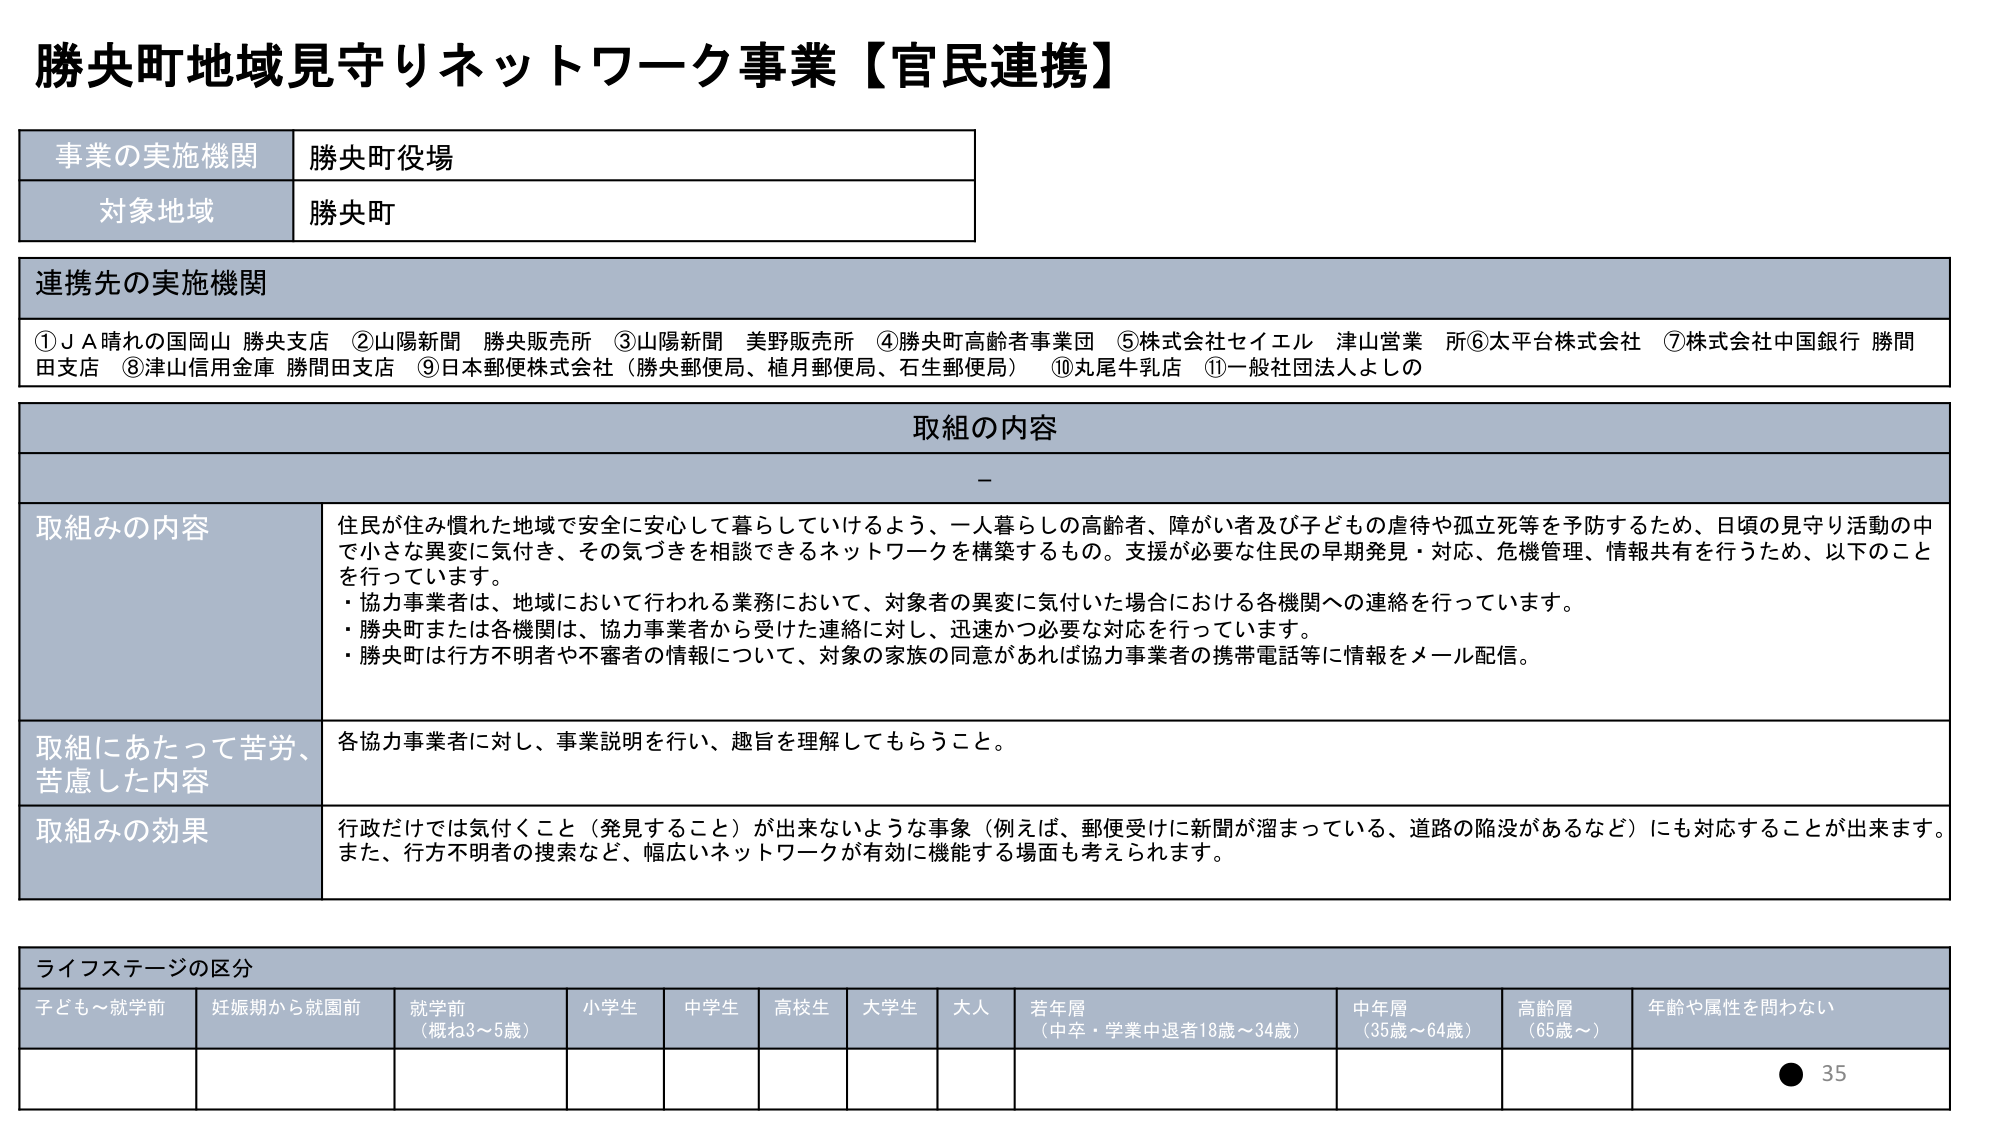
勝央町地域見守りネットワーク事業【官民連携】

事業の実施機関　勝央町役場
対象地域　勝央町

連携先の実施機関
①ＪＡ晴れの国岡山 勝央支店　②山陽新聞 勝央販売所　③山陽新聞 美野販売所　④勝央町高齢者事業団　⑤株式会社セイエル 津山営業所⑥太平台株式会社　⑦株式会社中国銀行 勝間田支店　⑧津山信用金庫 勝間田支店　⑨日本郵便株式会社（勝央郵便局、植月郵便局、石生郵便局）　⑩丸尾牛乳店　⑪一般社団法人よしの

取組の内容
－

取組みの内容
住民が住み慣れた地域で安全に安心して暮らしていけるよう、一人暮らしの高齢者、障がい者及び子どもの虐待や孤立死等を予防するため、日頃の見守り活動の中で小さな異変に気付き、その気づきを相談できるネットワークを構築するもの。支援が必要な住民の早期発見・対応、危機管理、情報共有を行うため、以下のことを行っています。
・協力事業者は、地域において行われる業務において、対象者の異変に気付いた場合における各機関への連絡を行っています。
・勝央町または各機関は、協力事業者から受けた連絡に対し、迅速かつ必要な対応を行っています。
・勝央町は行方不明者や不審者の情報について、対象の家族の同意があれば協力事業者の携帯電話等に情報をメール配信。

取組にあたって苦労、苦慮した内容
各協力事業者に対し、事業説明を行い、趣旨を理解してもらうこと。

取組みの効果
行政だけでは気付くこと（発見すること）が出来ないような事象（例えば、郵便受けに新聞が溜まっている、道路の陥没があるなど）にも対応することが出来ます。また、行方不明者の捜索など、幅広いネットワークが有効に機能する場面も考えられます。

ライフステージの区分
子ども～就学前　妊娠期から就園前　就学前（概ね3～5歳）　小学生　中学生　高校生　大学生　大人　若年層（中卒・学業中退者18歳～34歳）　中年層（35歳～64歳）　高齢層（65歳～）　年齢や属性を問わない

● 35